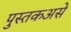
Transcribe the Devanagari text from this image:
पुस्तकअसे